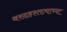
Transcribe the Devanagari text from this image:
वरदहस्तत्याच्या